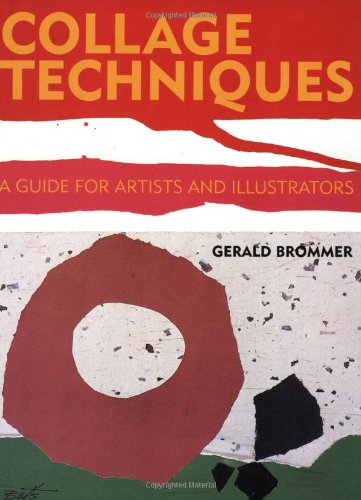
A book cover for Collage Techniques: A Guide for Artists and Illustrators; Gerald Brommer; Arts & Photography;